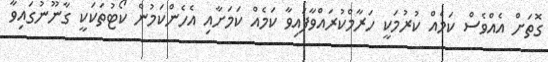
ގޮތަށް އެއްވެސް ކަމެއް ކުރުމަކީ ހަރާމްކުރައްވާފައިވާ ކަމެއް ކަމަށާއި އެހެންކަމުން ކޯޓުތަކަކީ ގާނޫނުގައިވާ